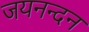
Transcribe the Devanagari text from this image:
जयनन्दन